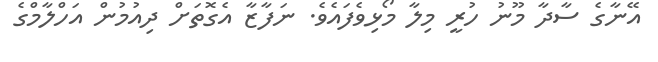
އޭނާގެ ސާދާ މޫނު ހުރީ މިލާ މޯޅިވެފައެވެ. ނަފާޒާ އެގޮތަށް ދިއުމުން އަހްލާމްގެ